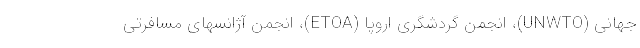
جهانی (UNWTO)، انجمن گردشگری اروپا (ETOA)، انجمن آژانسهای مسافرتی